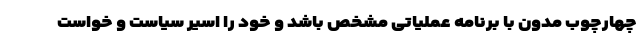
چهارچوب مدون با برنامه عملیاتی مشخص باشد و خود را اسیر سیاست و خواست